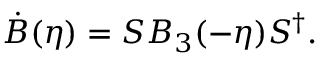
\dot { B } ( \eta ) = S B _ { 3 } ( - \eta ) S ^ { \dagger } .